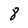
Character: 8